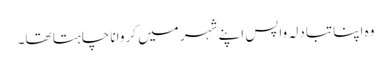
وہ اپنا تبادلہ واپس اپنے شہر میں کروانا چاہتا تھا۔